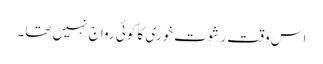
اس وقت رشوت خوری کا کوئی رواج نہیں تھا۔